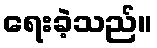
ရေးခဲ့သည်။